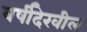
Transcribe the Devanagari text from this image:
वर्षीदेखील